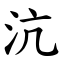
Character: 沆